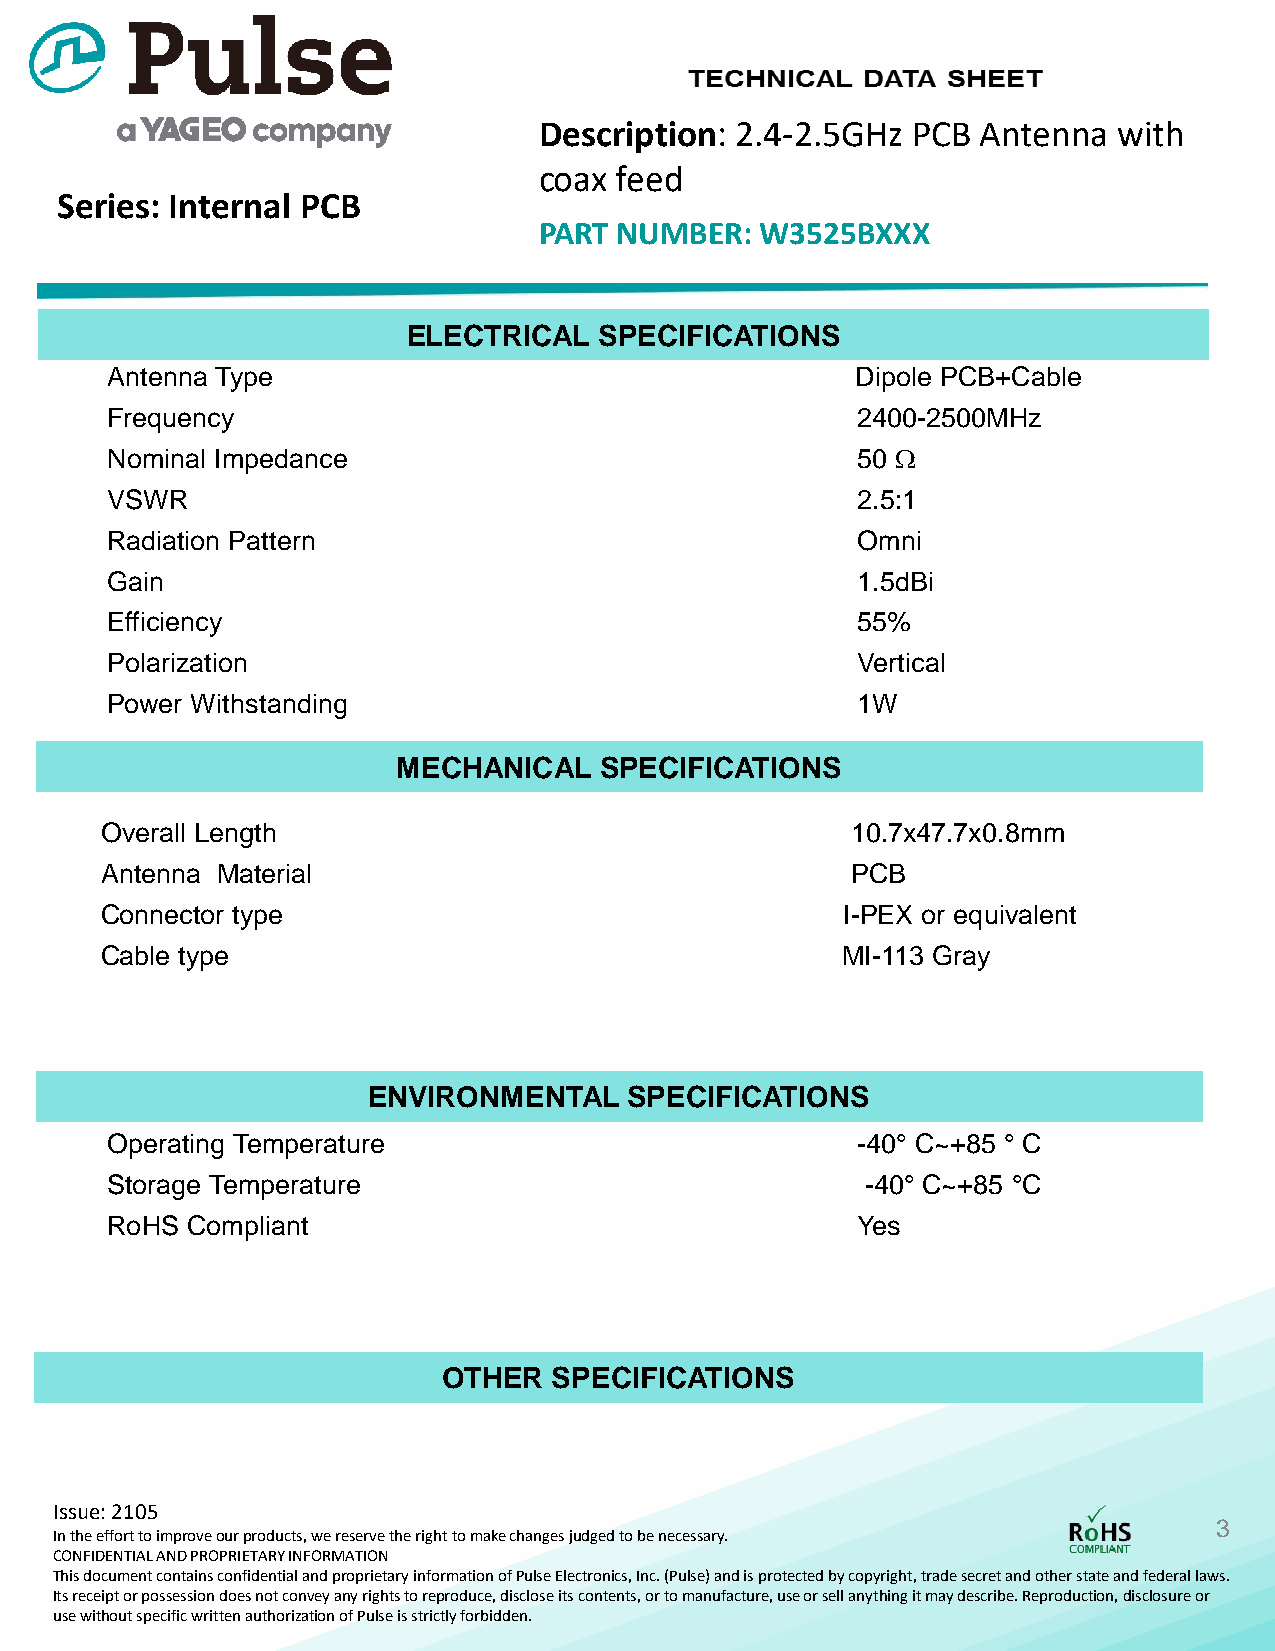
Description: 2.4-2.5GHz PCB  Antenna  with
 coax feed
 Series: Internal PCB
 PART NUMBER:  W3525BXXX
 ELECTRICAL   SPECIFICATIONS
 Antenna Type                                      Dipole PCB+Cable
 Frequency                                         2400-2500MHz
 Nominal Impedance                                 50 
 VSWR                                              2.5:1
 Radiation Pattern                                 Omni
 Gain                                              1.5dBi
 Efficiency                                        55%
 Polarization                                      Vertical
 Power Withstanding                                1W
 MECHANICAL    SPECIFICATIONS
 Overall Length                                   10.7x47.7x0.8mm
 Antenna Material                                 PCB
 Connector type                                   I-PEX or equivalent
 Cable type                                       MI-113 Gray
 ENVIRONMENTAL     SPECIFICATIONS
 Operating Temperature                             -40°C~+85 °C
 Storage Temperature                               -40°C~+85 °C
 RoHS Compliant                                    Yes
 OTHER   SPECIFICATIONS
 Issue: 2105
 3
 In the effort to improve our products, we reserve the right to make changes judged to be necessary.
 CONFIDENTIAL AND PROPRIETARY INFORMATION
 This document contains confidential and proprietary information ofPulse Electronics, Inc. (Pulse) and is protected by copyright, trade secret and other state and federal laws.
 Its receipt or possession does not convey any rights to reproduce, disclose its contents, or to manufacture, use or sell anything it may describe. Reproduction, disclosure or
 use without specific written authorization of Pulse is strictly forbidden.